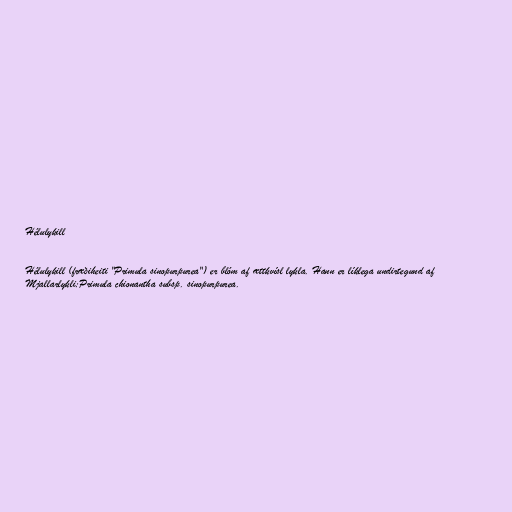
Hélulykill

Hélulykill (fræðiheiti "Primula sinopurpurea") er blóm af ættkvísl lykla. Hann er líklega undirtegund af
Mjallarlykli;Primula chionantha subsp. sinopurpurea.